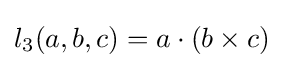
l_{3}(a,b,c)=a\cdot (b\times c)